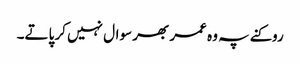
روکنے پہ وہ عمر بھر سوال نہیں کر پاتے۔